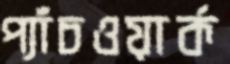
প্যাঁচওয়ার্ক